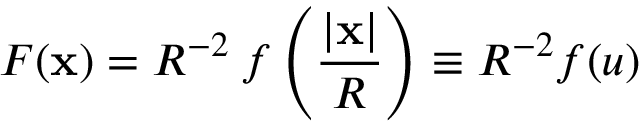
F ( \mathbf { x } ) = R ^ { - 2 } \: f \left( { \frac { | \mathbf { x } | } { R } } \right) \equiv R ^ { - 2 } f ( u )